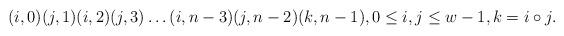
LaTeX: \begin{align*}(i,0)(j,1)(i,2)(j,3)\ldots(i,n-3)(j,n-2)(k,n-1),0\leq i,j \leq w-1, k=i\circ j.\end{align*}